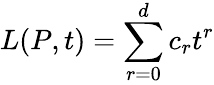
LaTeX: L(P,t)=\sum_{r=0}^{d}c_{r}t^{r}